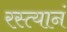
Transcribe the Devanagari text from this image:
रस्त्यानं